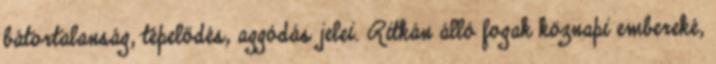
bátortalanság, tépelődés, aggódás jelei. Ritkán álló fogak köznapi embereké,